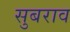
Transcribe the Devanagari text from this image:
सुबराव